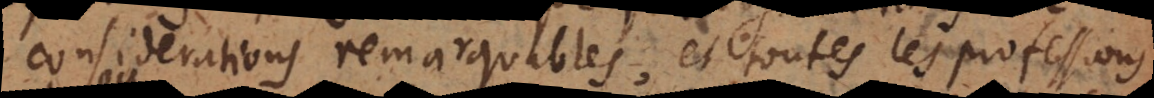
considerations remarquables, et toutes les professions